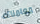
معاملتك